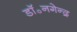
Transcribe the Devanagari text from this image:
डॉ॰नगेन्द्र